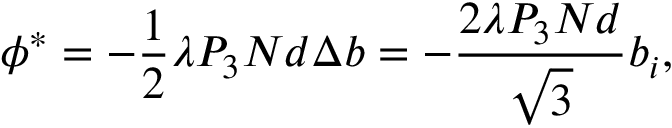
\phi ^ { * } = - { \frac { 1 } { 2 } } \lambda P _ { 3 } N d { \Delta b } = - \frac { 2 \lambda P _ { 3 } N d } { \sqrt { 3 } } b _ { i } ,